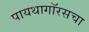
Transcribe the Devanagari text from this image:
पायथागॉरसचा